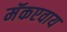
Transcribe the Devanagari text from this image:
मॅकएवाय